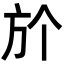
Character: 𣃘